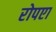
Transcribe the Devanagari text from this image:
रोपएा